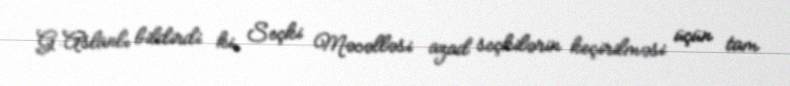
G.Aslanlı bildirdi ki, Seçki Məcəlləsi azad seçkilərin keçirilməsi üçün tam